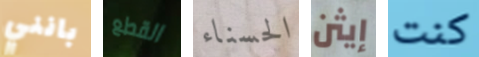
بانني القطع الحسناء إيثن كنت